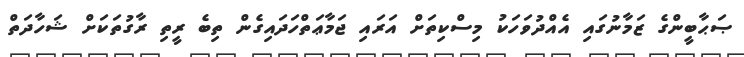
ޞަޙާބީންގެ ޒަމާނުގައި އެއްދުވަހަކު މިސްކިތަށް އަރައި ޖަމާޢަތްހަދައިގެން ތިބެ ރީތި ރާގުތަކަށް ޝަހާދަތް